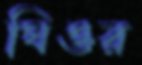
ঘিওর